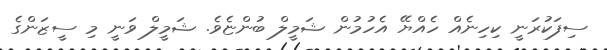
ސިފަކުރަނީ ކިހިނެއް ހެއްޔޭ އެހުމުން ޝަމީލް ބުންޏެވެ. ޝަމީލް ވަނީ މި ސީޒަންގެ